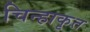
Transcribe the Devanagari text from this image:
चिन्हाकृत